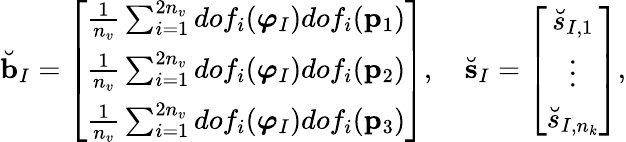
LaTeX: \breve{\mathbf{b}}_{I}=\left[\begin{array}{c}{\frac{1}{n_{v}}\sum_{i=1}^{2n_{v}}dof_{i}(\boldsymbol{\varphi}_{I})dof_{i}(\mathbf{p}_{1})}\\ {\frac{1}{n_{v}}\sum_{i=1}^{2n_{v}}dof_{i}(\boldsymbol{\varphi}_{I})dof_{i}(\mathbf{p}_{2})}\\ {\frac{1}{n_{v}}\sum_{i=1}^{2n_{v}}dof_{i}(\boldsymbol{\varphi}_{I})dof_{i}(\mathbf{p}_{3})}\end{array}\right],\quad\breve{\mathbf{s}}_{I}=\left[\begin{array}{c}{\breve{s}_{I,1}}\\ {\vdots}\\ {\breve{s}_{I,n_{k}}}\end{array}\right],